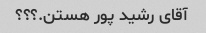
آقای رشید پور هستن.؟؟؟